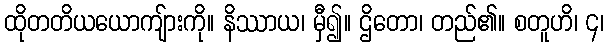
ထိုတတိယယောကျ်ားကို။ နိဿာယ၊ မှီ၍။ ဌိတော၊ တည်၏။ စတူဟိ၊ ၄၊